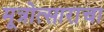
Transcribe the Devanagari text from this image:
मूत्रोत्साराचा